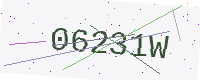
Text: 06231W